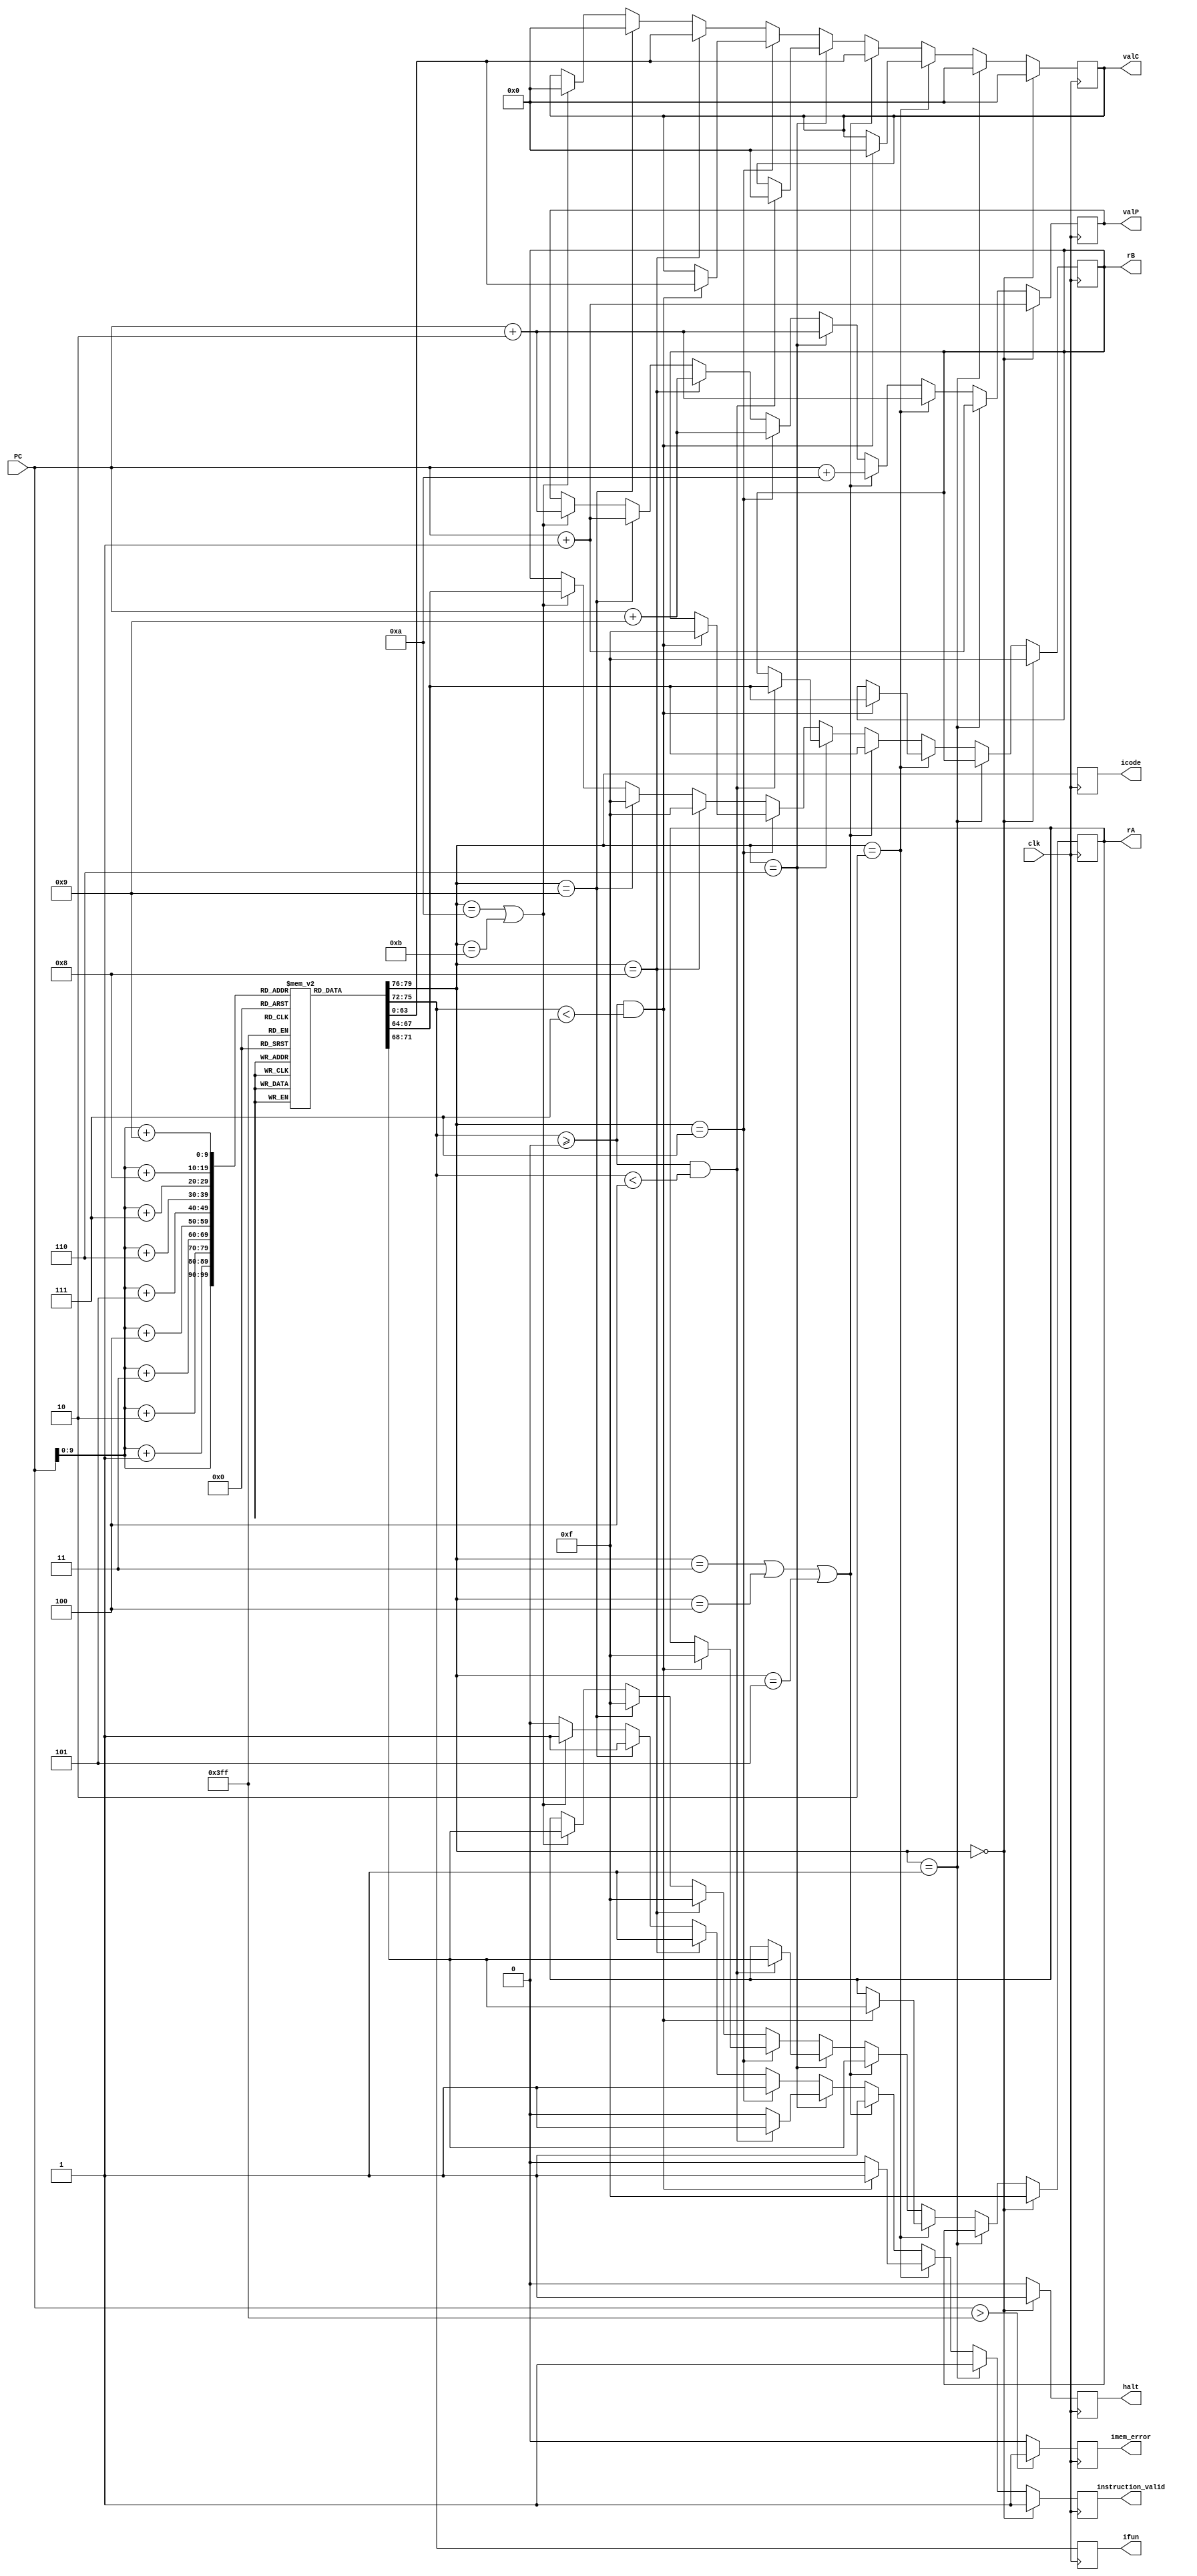
module fetch (
    input clk,
    input [63:0] PC,
    output reg [3:0] icode,
    output reg [3:0] ifun,
    output reg [3:0] rA,
    output reg [3:0] rB,
    output reg [63:0] valC,
    output reg [63:0] valP,
    output reg instruction_valid,
    output reg imem_error,
    output reg halt
);


reg [7:0] instruction_memory[0:1023]; // 1kb instruction_memory
reg [0:79] instr; 

always @(posedge clk) begin
    //Reading first 10 bytes from PC 
    instr[0:7] = instruction_memory[PC];
    instr[8:15] = instruction_memory[PC+1];
    instr[16:23] = instruction_memory[PC+2];
    instr[24:31] = instruction_memory[PC+3];
    instr[32:39] = instruction_memory[PC+4];
    instr[40:47] = instruction_memory[PC+5];
    instr[48:55] = instruction_memory[PC+6];
    instr[56:63] = instruction_memory[PC+7];
    instr[64:71] = instruction_memory[PC+8];
    instr[72:79]  = instruction_memory[PC+9];
      
    // Imem_error
    imem_error = 0;
    if (PC > 1023) begin 
        imem_error = 1;
    end

    // Split
    icode = instr[0:3];
    ifun = instr[4:7];
    halt = 1'h0;
    // Align
    if (icode == 4'h0) begin
        rA <= 4'b1111;
        rB <= 4'b1111;
        valC <= 64'b0;
        instruction_valid <= 1'h1; 
        valP<=PC+64'h1;
        halt <= 1'h1;

    end
    else if (icode == 4'h1) begin
        // rA = 4'b1111;
        // rB = 4'b1111;
        valC = 64'b0;
        instruction_valid = 1'b1;
        valP=PC+64'h1;
    end
    else if (icode == 4'h2) begin
        if (ifun >= 4'h0 && ifun < 4'h7) begin
            rA = instr[8:11];
            rB = instr[12:15];
            valC = 64'b0;
            instruction_valid = 1'b1;
            valP=PC+64'h2;
        end
        else begin
            instruction_valid = 1'b0;
            valP=PC+64'h2;
        end
    end
    else if (icode == 4'h3 || icode == 4'h4 || icode == 4'h5) begin
        rA = instr[8:11];
        rB = instr[12:15];
        valC = instr[16:79];
        instruction_valid = 1'b1;
        valP=PC+64'd10;
    end
    else if (icode == 4'h6) begin
        if (ifun >= 4'h0 && ifun < 4'h4) begin
            rA = instr[8:11];
            rB = instr[12:15];
            valC = 64'b0;
            instruction_valid = 1'b1;
            valP=PC+64'h2;
        end
        else begin
            instruction_valid = 1'b0;
            valP=PC+64'h2;
        end
    end
    else if (icode == 4'h7) begin
        if (ifun >= 4'h0 && ifun < 4'h7) begin
            rA = 4'b1111;
            rB = 4'b1111;
            valC = instr[16:79];
            instruction_valid = 1'b1;
            valP=PC+64'h9;
        end
        else begin
            instruction_valid = 1'b1;
            valP=PC+64'h9;
        end
    end
    else if (icode == 4'h8) begin
        rA = 4'b1111;
        rB = 4'b1111;
        valC = instr[16:79];
        instruction_valid = 1'b1;
        valP=PC+64'h9;
    end
    else if (icode == 4'h9) begin
        rA = 4'b1111;
        rB = 4'b1111;
        valC = 64'b0;
        instruction_valid = 1'b1; 
        valP=PC+64'h1;
    end
    else if (icode == 4'ha || icode == 4'hb) begin
        rA = instr[8:11];
        rB = instr[12:15];
        valC = 64'b0;
        instruction_valid = 1'b1;
        valP=PC+64'h2;
    end
    else begin
        instruction_valid = 1'b0;
    end


end

initial begin
//cmovxx
instruction_memory[0]=8'h20; //2 fn (Conditional Move instruction)
instruction_memory[1]=8'h13; //rA rB

//irmovq
instruction_memory[2]=8'h30; //3 0 (Immediate Load instruction)
instruction_memory[3]=8'h02; //F rB
instruction_memory[4]=8'h00; //V
instruction_memory[5]=8'h00; //V
instruction_memory[6]=8'h00; //V
instruction_memory[7]=8'h00; //V
instruction_memory[8]=8'h00; //V
instruction_memory[9]=8'h00; //V
instruction_memory[10]=8'h00; //V
instruction_memory[11]=8'h10; //V=16

//rmmovq
instruction_memory[12]=8'h40; //4 0 (Register to Memory Move instruction)
instruction_memory[13]=8'h52; //rA rB
instruction_memory[14]=8'h00; //D
instruction_memory[15]=8'h00; //D
instruction_memory[16]=8'h00; //D
instruction_memory[17]=8'h00; //D
instruction_memory[18]=8'h00; //D
instruction_memory[19]=8'h00; //D
instruction_memory[20]=8'h00; //D
instruction_memory[21]=8'h01; //D

//mrmovq
instruction_memory[22]=8'h50; //5 0 (Memory to Register Move instruction)
instruction_memory[23]=8'h72; //rA rB
instruction_memory[24]=8'h00; //D
instruction_memory[25]=8'h00; //D
instruction_memory[26]=8'h00; //D
instruction_memory[27]=8'h00; //D
instruction_memory[28]=8'h00; //D
instruction_memory[29]=8'h00; //D
instruction_memory[30]=8'h00; //D
instruction_memory[31]=8'h01; //D

//halt
instruction_memory[32]=8'h00; // 0 0 (Halt instruction)

//addq
instruction_memory[33]=8'h60; //6 fn (Add instruction)
instruction_memory[34]=8'h23; //rA rB

//subq
instruction_memory[35]=8'h61; //6 fn (Subtract instruction)
instruction_memory[36]=8'h23; //rA rB

//xorq
instruction_memory[37]=8'h63; //6 fn (XOR instruction)
instruction_memory[38]=8'h23; //rA rB

//andq
instruction_memory[39]=8'h62; //6 fn (AND instruction)
instruction_memory[40]=8'h23; //rA rB

//cmovxx
instruction_memory[41]=8'h20; //2 fn (Conditional Move instruction)
instruction_memory[42]=8'h04; //rA rB

instruction_memory[43]=8'h10; // 1 0
instruction_memory[44]=8'h10; // 1 0
instruction_memory[45]=8'h10; // 1 0
instruction_memory[46]=8'h10; // 1 0
instruction_memory[47]=8'h10; // 1 0
instruction_memory[48]=8'h10; // 1 0

//halt
instruction_memory[49]=8'h00; // 0 0

instruction_memory[50]=8'h10; // 1 0

//halt
instruction_memory[51]=8'h00; // 0 0

//cmovxx
instruction_memory[52]=8'h25; //2 fn (Conditional Move instruction)
instruction_memory[53]=8'h04; //rA rB

//jxx
instruction_memory[54]=8'h70; //7 fn (Jump instruction)
instruction_memory[55]=8'h00; //Dest
instruction_memory[56]=8'h00; //Dest
instruction_memory[57]=8'h00; //Dest
instruction_memory[58]=8'h00; //Dest
instruction_memory[59]=8'h00; //Dest
instruction_memory[60]=8'h00; //Dest
instruction_memory[61]=8'h00; //Dest
instruction_memory[62]=8'h20; //Dest

instruction_memory[63]=8'h10; //1 0

//call
instruction_memory[64]=8'h80; //8 0 (Call subroutine instruction)
instruction_memory[65]=8'h00; //Dest
instruction_memory[66]=8'h00; //Dest
instruction_memory[67]=8'h00; //Dest
instruction_memory[68]=8'h00; //Dest
instruction_memory[69]=8'h00; //Dest
instruction_memory[70]=8'h00; //Dest
instruction_memory[71]=8'h00; //Dest
instruction_memory[72]=8'h01; //Dest

//ret
instruction_memory[73]=8'h90; // 9 0 (Return from subroutine instruction)

//halt
instruction_memory[74]=8'h00; // 0 0

//pushq
instruction_memory[75]=8'hA0; //A 0 (Push instruction)
instruction_memory[76]=8'h00; //rA F

//popq
instruction_memory[77]=8'hB0; //B 0 (Pop instruction)
instruction_memory[78]=8'h00; //rA F

//nop
instruction_memory[79]=8'h10; //1 0 (No operation instruction)

//halt 
instruction_memory[80]=8'h00; // 0 0


// //irmovq $0x100, %rbx
//     instruction_memory[0] = 8'b00110000;
//     instruction_memory[1] = 8'b00000011;
//     instruction_memory[2] = 8'b00000000;
//     instruction_memory[3] = 8'b00000001;
//     instruction_memory[4] = 8'b00000000;
//     instruction_memory[5] = 8'b00000000;
//     instruction_memory[6] = 8'b00000000;
//     instruction_memory[7] = 8'b00000000;
//     instruction_memory[8] = 8'b00000000;
//     instruction_memory[9] = 8'b11110011;
    
//     // irmovq $0x200, %rdx
//     instruction_memory[10] = 8'b00110000;
//     instruction_memory[11] = 8'b00000010;
//     instruction_memory[12] = 8'b00000000;
//     instruction_memory[13] = 8'b00000010;
//     instruction_memory[14] = 8'b00000000;
//     instruction_memory[15] = 8'b00000000;
//     instruction_memory[16] = 8'b00000000;
//     instruction_memory[17] = 8'b00000000;
//     instruction_memory[18] = 8'b00000000;
//     instruction_memory[19] = 8'b11110010;
    
//     // addq %rdx, %rbx
//     instruction_memory[20] = 8'b01100000;
//     instruction_memory[21] = 8'b00100011;
//     instruction_memory[22] = 8'b00000000;
//     instruction_memory[23] = 8'b00000000;
//     instruction_memory[24] = 8'b00000000;
//     instruction_memory[25] = 8'b00000000;
//     instruction_memory[26] = 8'b00000000;
//     instruction_memory[27] = 8'b00000000;
//     instruction_memory[28] = 8'b00000000;
//     instruction_memory[29] = 8'b00000000;
// instruction_memory[30]=8'h00; // 0 0
end


endmodule